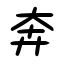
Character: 奔